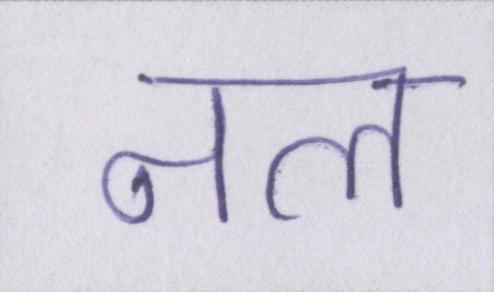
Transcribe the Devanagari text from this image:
नल